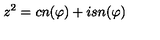
z ^ { 2 } = c n ( \varphi ) + i s n ( \varphi )